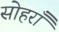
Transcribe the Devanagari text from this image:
सोहराँ